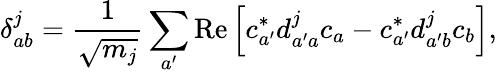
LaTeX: \delta_{ab}^{j}={\frac{1}{\sqrt{m_{j}}}}\sum_{a^{\prime}}\operatorname{Re}\left[c_{a^{\prime}}^{*}d_{a^{\prime}a}^{j}c_{a}-c_{a^{\prime}}^{*}d_{a^{\prime}b}^{j}c_{b}\right],